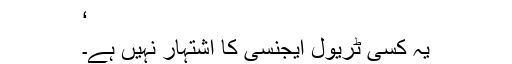
‘
یہ کسی ٹریول ایجنسی کا اشتہار نہیں ہے۔